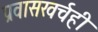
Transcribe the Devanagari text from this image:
प्रवासखर्चही